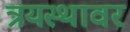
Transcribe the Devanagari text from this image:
त्रयस्थावर